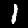
Label: 1